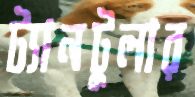
ট্যানটুলার